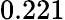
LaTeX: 0.221